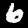
Label: 6